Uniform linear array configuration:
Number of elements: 48
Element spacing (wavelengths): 0.75
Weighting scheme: binomial
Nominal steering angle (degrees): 60
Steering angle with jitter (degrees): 59.808
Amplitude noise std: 0.05
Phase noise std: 0.05

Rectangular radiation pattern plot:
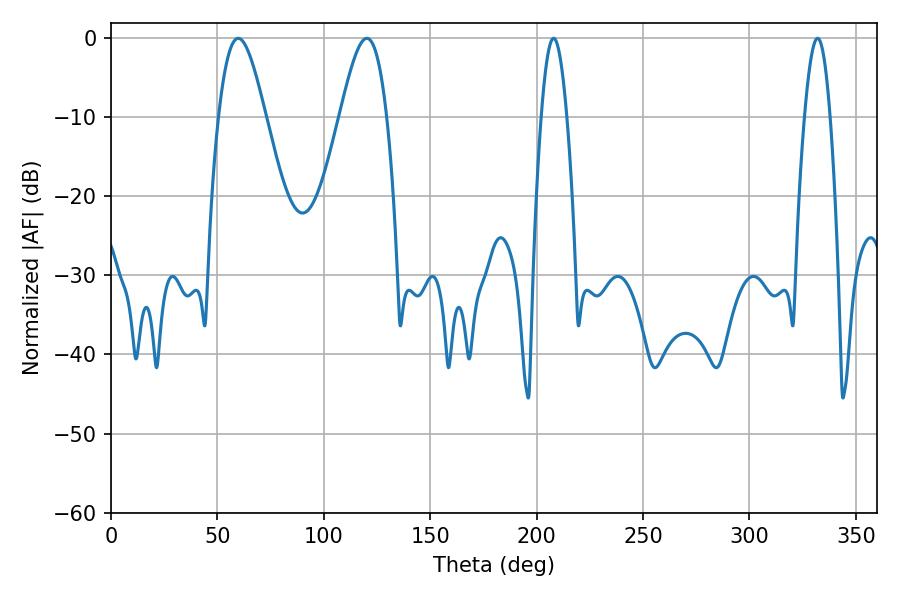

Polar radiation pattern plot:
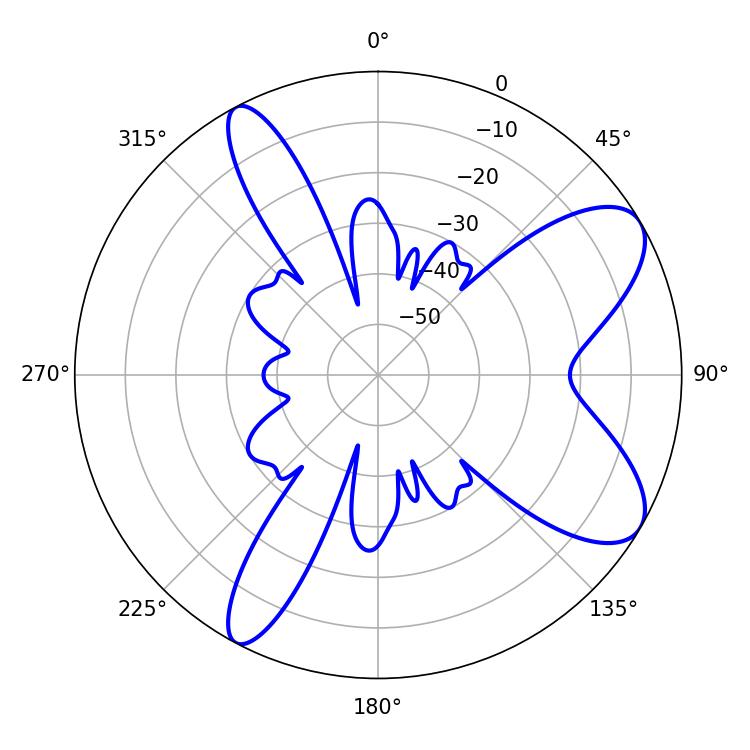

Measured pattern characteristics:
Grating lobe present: TRUE
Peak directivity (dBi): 8.538
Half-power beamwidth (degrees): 11.7
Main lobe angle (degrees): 59.76